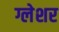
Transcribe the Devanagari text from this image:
ग्लेशर